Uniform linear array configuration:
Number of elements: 16
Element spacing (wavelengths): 1
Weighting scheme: binomial
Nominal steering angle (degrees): -30
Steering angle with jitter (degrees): -31.411
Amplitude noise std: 0.05
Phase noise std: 0.05

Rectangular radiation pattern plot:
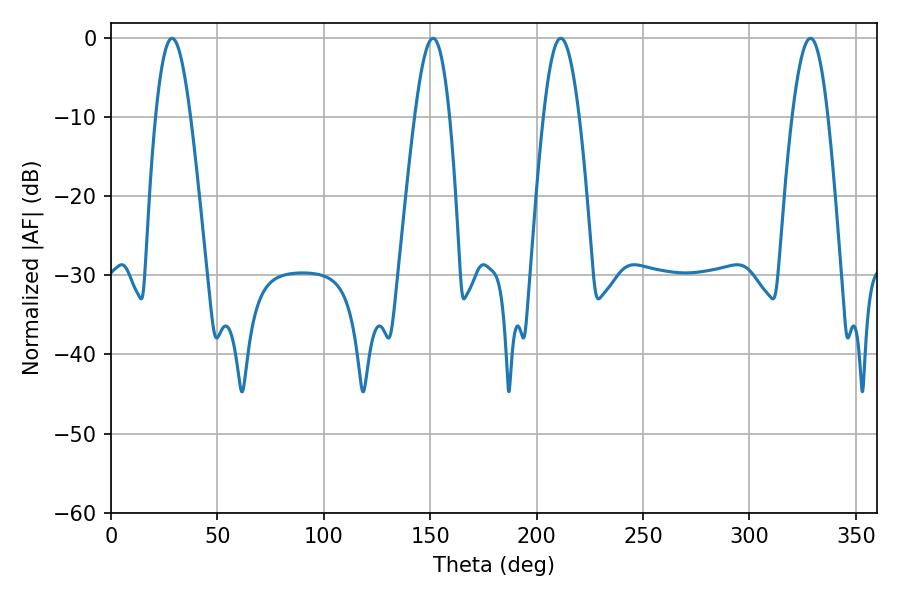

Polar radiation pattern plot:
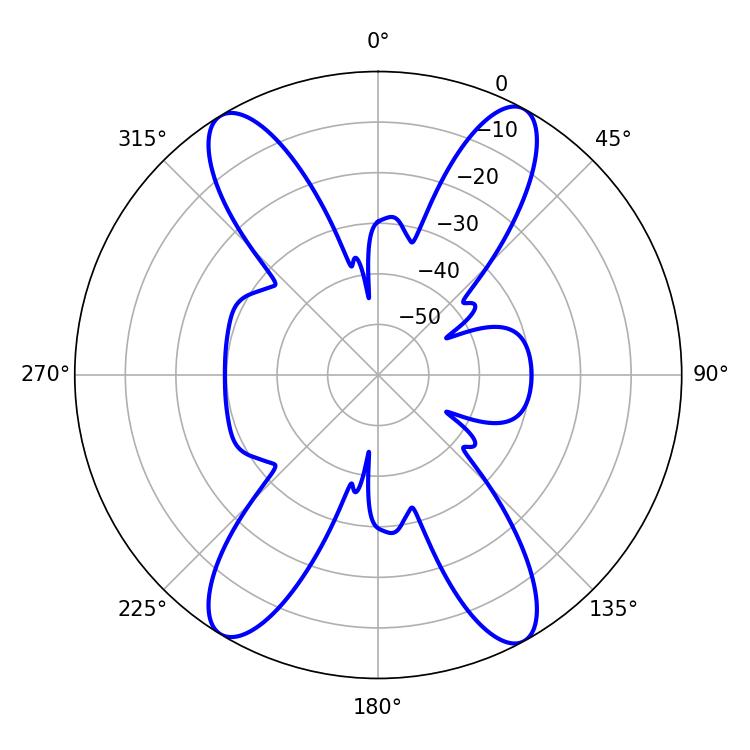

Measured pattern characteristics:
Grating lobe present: TRUE
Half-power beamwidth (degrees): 9.18
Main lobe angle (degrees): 211.32